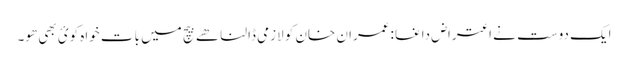
ایک دوست نے اعتراض داغا :عمران خان کو لازمی ڈالنا ھے بیچ میں بات خواہ کوئ بھی ھو۔